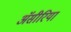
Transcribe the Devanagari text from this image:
ॲसीरिया